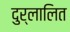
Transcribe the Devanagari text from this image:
दुर्लालित